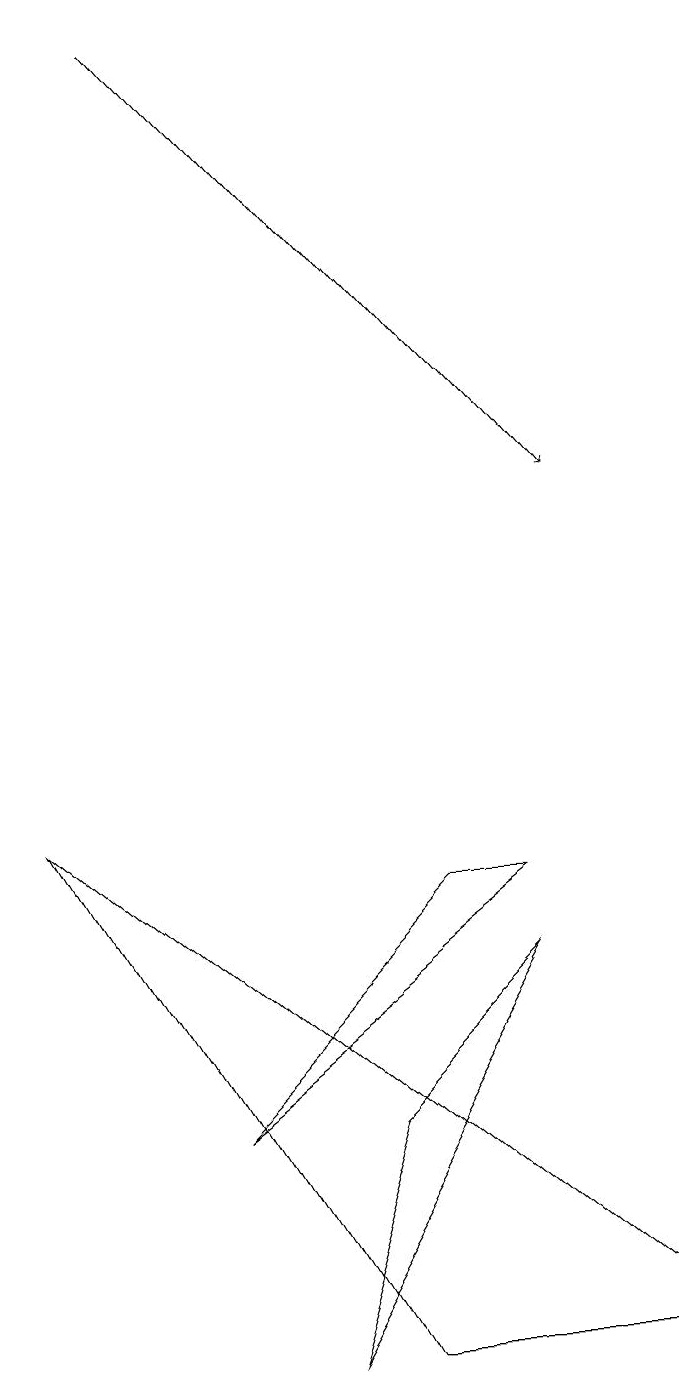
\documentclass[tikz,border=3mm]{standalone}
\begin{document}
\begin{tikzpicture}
\draw[->] (3,19) -- (8,13);
\draw (4,2) -- (7,7) -- (5,5) -- cycle;
\draw (6,8) -- (3,5) -- (7,8) -- cycle;
\draw (1,9) -- (9,2) -- (5,2) -- cycle;
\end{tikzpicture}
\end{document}